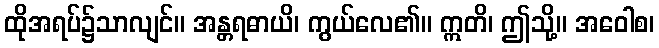
ထိုအရပ်၌သာလျင်။ အန္တရဓာယိ၊ ကွယ်လေ၏။ ဣတိ၊ ဤသို့။ အဝေါစ၊